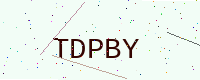
Text: TDPBY